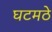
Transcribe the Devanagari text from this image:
घटमठे